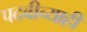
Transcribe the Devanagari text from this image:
पदवीच्याही